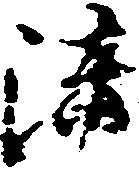
法